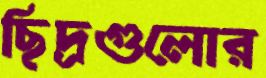
ছিদ্রগুলোর